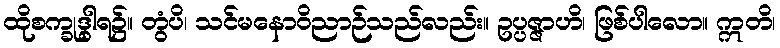
ထိုစက္ခုဒွါရ၌။ တွံပိ၊ သင်မနောဝိညာဉ်သည်လည်း။ ဥပ္ပဇ္ဇာဟိ၊ ဖြစ်ပါလော။ ဣတိ၊